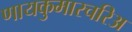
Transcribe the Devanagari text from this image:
णायकुमारचरिअ